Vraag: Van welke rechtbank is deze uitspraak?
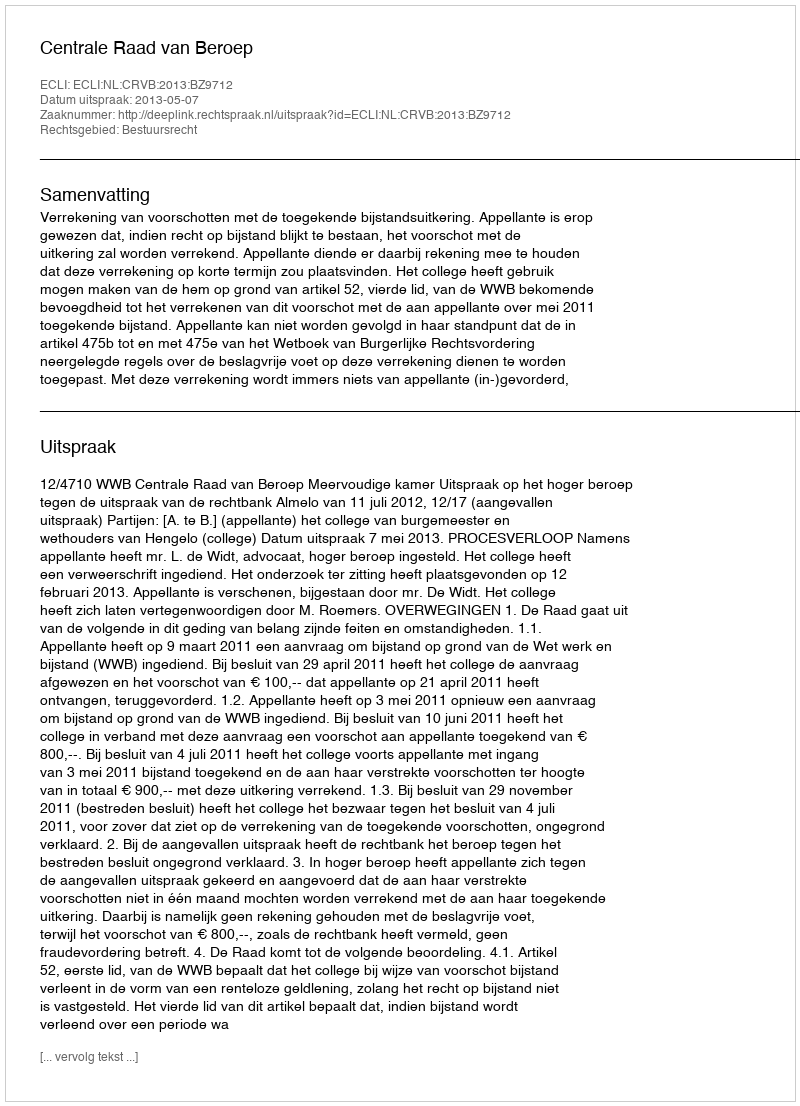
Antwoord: Centrale Raad van Beroep